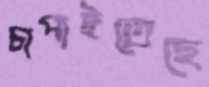
চাপাইতেছে